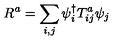
R ^ { a } = \sum _ { i , j } \psi _ { i } ^ { \dagger } T _ { i j } ^ { a } \psi _ { j }